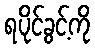
ရပိုင်ခွင့်ကို